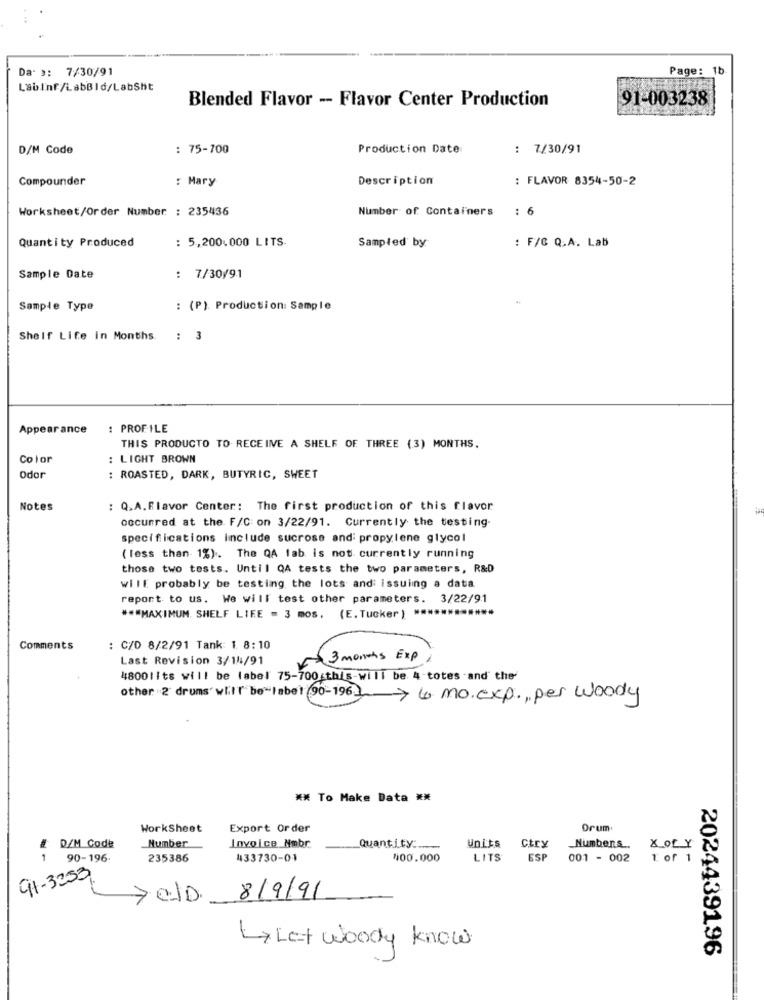
Da- >: 7/30/91
Page: 1b
LabInf/LabBld/LabSht
Blended Flavor -- Flavor Center Production
91-003238
D/M Code
: 75-700
Production Date
: 7/30/91
Compounder
: Mary
Description
: FLAVOR 8354-50-2
Worksheet/Order Number : 235436
Number of Containers
Quantity Produced
: 5,200.000 LITS.
Sampled by
: F/C Q.A. Lab
Sample Date
: 7/30/91
Sample Type
: (P). Production: Sample
Shelf Life In Months.
: 3
Appear ance
: PROFILE
THIS PRODUCTO TO RECEIVE A SHELF OF THREE (3) MONTHS.
Color
: LIGHT BROWN
Odor
: ROASTED, DARK, BUTYRIC, SWEET
Notes
: Q.A.Flavor Center: The first production of this flavor
occurred at the F/C on 3/22/91. Currently the testing
specifications include sucrose and: propylene glycol
( less than 1%). The QA lab is not currently running
those two tests. Until QA tests the two parameters, R&D
will probably be testing the lots and: issuing a data
report to us. We will test other parameters. 3/22/91
*** MAXIMUM. SHELF LIFE = 3 mos, (E. Tucker ) **
Comments
: C/D 8/2/91 Tank: 1 8:10
Last Revision 3/14/91
4800lits will be label 75-700;this-will be 4-totes .and the
other 2 drums will be"label 90-196] > 4 mo.exp ., per woody
** To Make Data **
WorkSheet
Export Order
Orum
D/M Code
Number
Invoice Nobr
Quantity:
Units
Ctry
Numbers ..
XOF Y
90-196
235386
433730-01
400.000
LITS
ESP
001 - 002
1 of 1
91-3253
FeJD 8/9/91
>Let woody know
2024439196